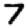
Digit: 7